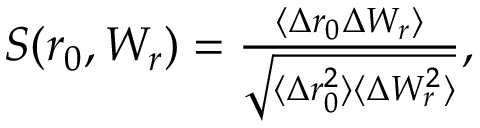
\begin{array} { r } { S ( r _ { 0 } , W _ { r } ) = \frac { \langle \Delta r _ { 0 } \Delta W _ { r } \rangle } { \sqrt { \langle \Delta r _ { 0 } ^ { 2 } \rangle \langle \Delta W _ { r } ^ { 2 } \rangle } } , } \end{array}